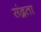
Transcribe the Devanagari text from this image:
संद्रता